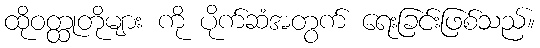
ထိုဝတ္ထုတိုများ ကို ပိုက်ဆံအတွက် ရေးခြင်းဖြစ်သည်။